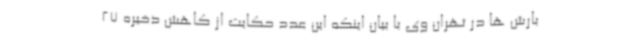
بارش ها در تهران وی با بیان اینکه این عدد حکایت از کاهش ذخیره 27